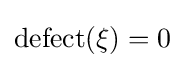
\operatorname {defect} (\xi )=0